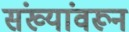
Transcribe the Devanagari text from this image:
संख्यांवरून